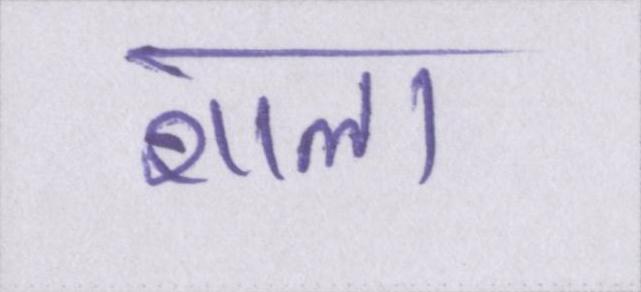
शाला